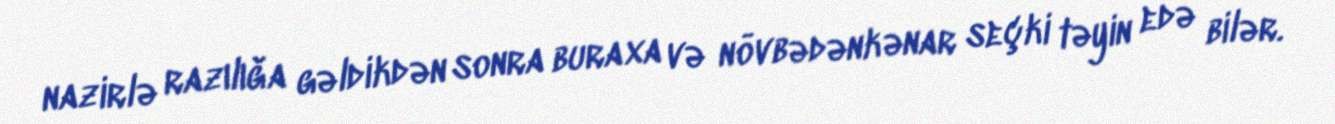
nazirlə razılığa gəldikdən sonra buraxa və növbədənkənar seçki təyin edə bilər.